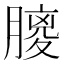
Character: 𦟨